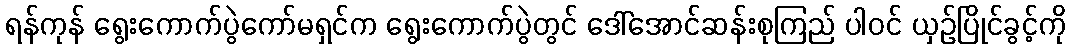
ရန်ကုန် ရွေးကောက်ပွဲကော်မရှင်က ရွေးကောက်ပွဲတွင် ဒေါ်အောင်ဆန်းစုကြည် ပါဝင် ယှဉ်ပြိုင်ခွင့်ကို